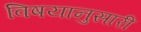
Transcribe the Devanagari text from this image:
विषयानुसारी